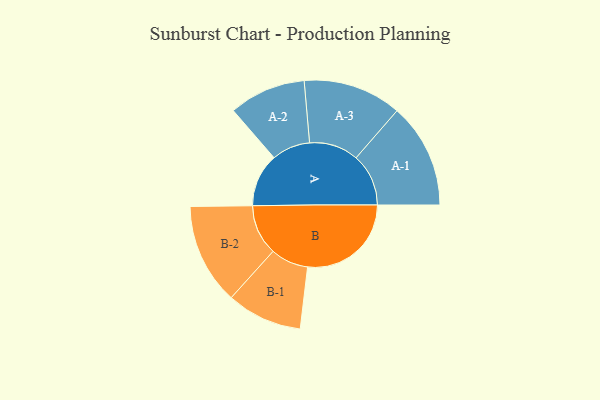
{"axis": {"x": "Segment", "y": "Value"}, "legend": ["", "A", "B"], "data": [{"x": "A", "y": 251, "type": ""}, {"x": "B", "y": 488, "type": ""}, {"x": "A-1", "y": 247, "type": "A"}, {"x": "A-2", "y": 181, "type": "A"}, {"x": "A-3", "y": 232, "type": "A"}, {"x": "B-1", "y": 178, "type": "B"}, {"x": "B-2", "y": 238, "type": "B"}]}